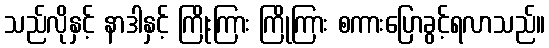
သည်လိုနှင့် နာဒါနှင့် ကြိုးကြား ကြိုကြား စကားပြောခွင့်ရလာသည်။